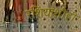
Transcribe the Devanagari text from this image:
रशियाशीही